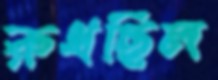
রুধছিল